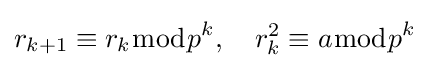
r_{k+1}\equiv r_{k}{\bmod {p}}^{k},\quad r_{k}^{2}\equiv a{\bmod {p}}^{k}